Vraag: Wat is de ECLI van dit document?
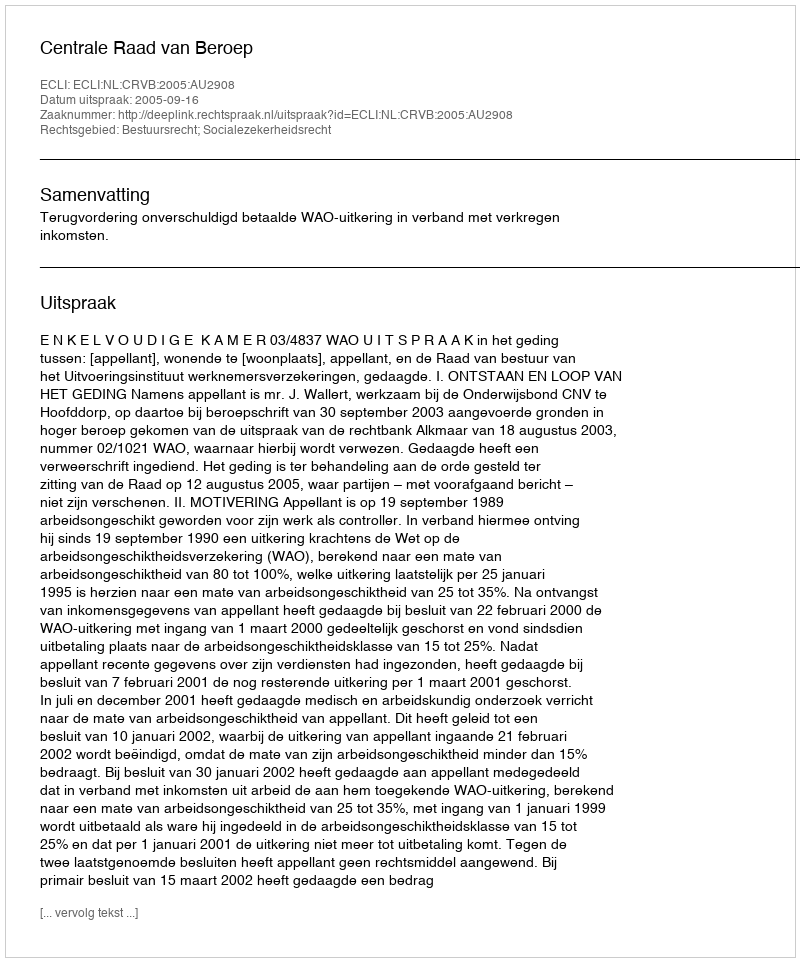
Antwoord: ECLI:NL:CRVB:2005:AU2908